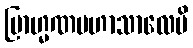
ဗြာဟ္မဏမဟာသာလေပိ